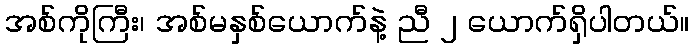
အစ်ကိုကြီး၊ အစ်မနှစ်ယောက်နဲ့ ညီ ၂ ယောက်ရှိပါတယ်။